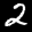
Label: 2